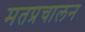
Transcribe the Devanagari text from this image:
मतप्रचालन